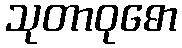
သုတာဝုဓော